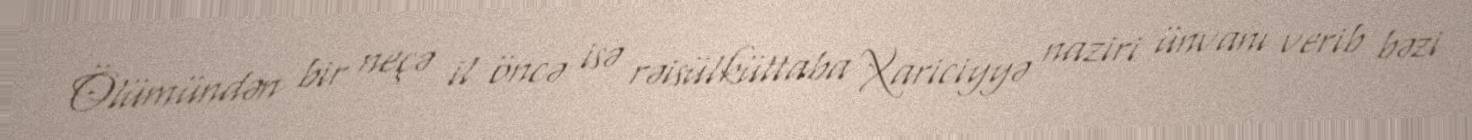
Ölümündən bir neçə il öncə isə rəisülküttaba Xariciyyə naziri ünvanı verib bəzi